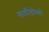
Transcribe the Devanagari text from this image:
बार्तोलोम्यो